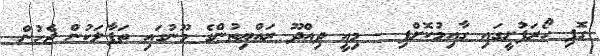
ގޮފި ހޯރަފުށީގައި ގާއިމުކޮށްފި - މިއީ ދިއްދޫ ރައްޔިތުންގެ މޫނުގައި ތަފާލަކުން ޖެހުން